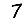
Digit: 7